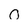
Character: 0